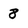
Character: 8